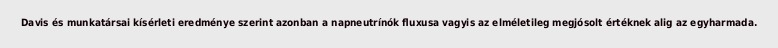
Davis és munkatársai kísérleti eredménye szerint azonban a napneutrínók fluxusa vagyis az elméletileg megjósolt értéknek alig az egyharmada.